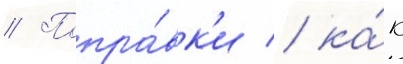
// Попра́вк'и / ка́к